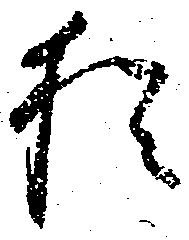
猶